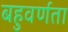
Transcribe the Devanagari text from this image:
बहुवर्णता